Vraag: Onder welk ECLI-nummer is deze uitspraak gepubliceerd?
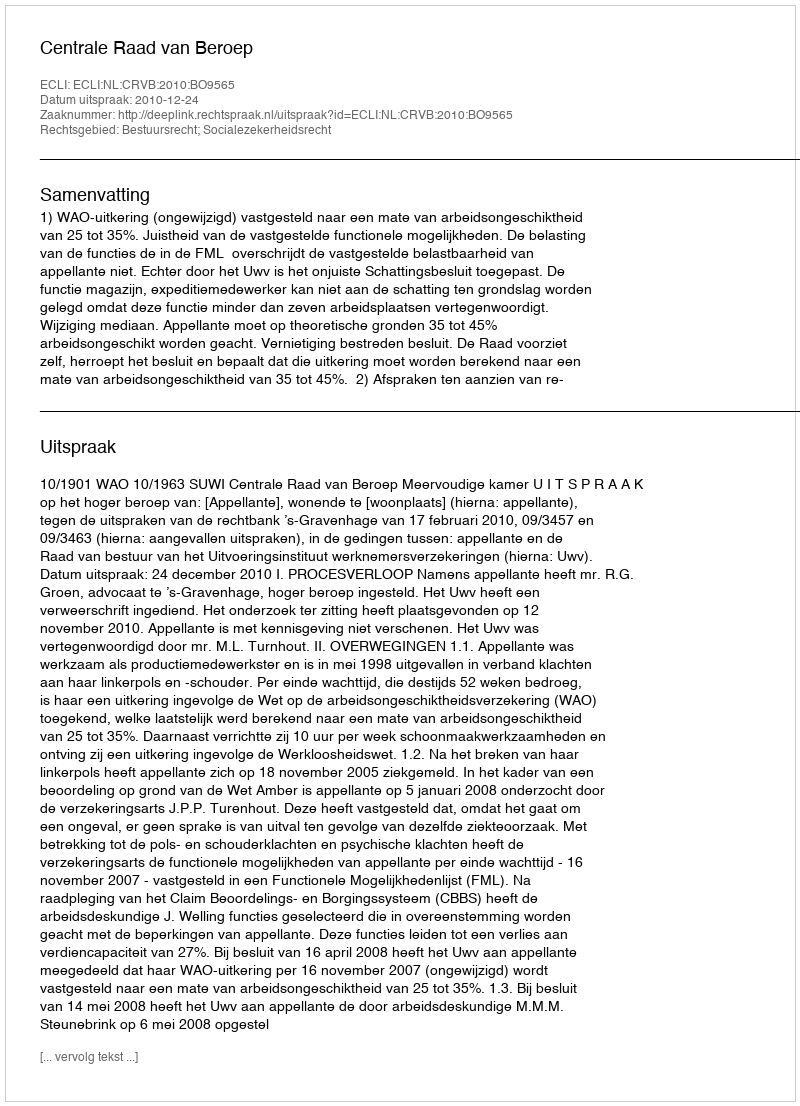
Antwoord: ECLI:NL:CRVB:2010:BO9565